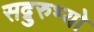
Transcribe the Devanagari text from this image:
सद्गुरुभ्यो